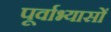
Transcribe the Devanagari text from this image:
पूर्वाभ्यासों